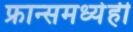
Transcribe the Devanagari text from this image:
फ्रान्समध्येही